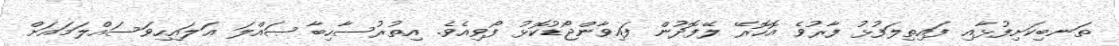
ތަނބިކަށިފުޅާއި ފައިތިލަފުޅު ފާރުވެ އޮހޮރޭ ލޭފޮދުން ފައިވާންޖޯޑުކޮޅު ފޯވިއެވެ. އިތުރުސާހިބާ ޞައްލަ ޢަލައިހިވަސައްލަމައަށް